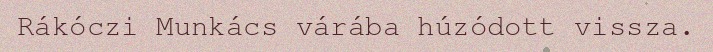
Rákóczi Munkács várába húzódott vissza.